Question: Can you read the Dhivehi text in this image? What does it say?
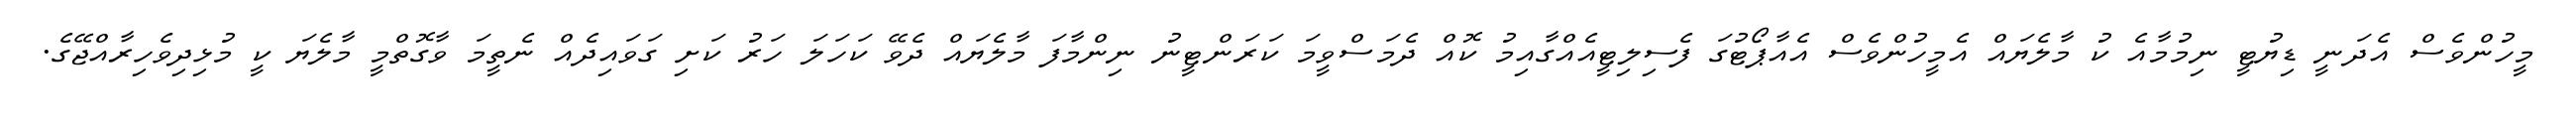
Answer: މީހުންވެސް އެދަނީ ޑިޔުޓީ ނިމުމާއެ ކު މާލެޔައް އެމީހުންވެސް އެއާޕޯޓުގަ ފެސިލިޓީއެއްގާއިމު ކޮއް ދެމަސްވީމަ ކަރަންޓީނު ނިންމާފަ މާލެޔައް ދެވޭ ކަހަލަ ހަރު ކަށި ގަވައިދެއް ނެތީމަ ވާގޮތްމީ މާލެޔަ ކީ މުޅިދިވެހިރާއްޖޭގެ.